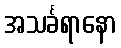
အသင်္ခရာနော